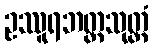
ဥဿူရဘတ္တသုတ္တံ